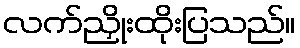
လက်ညှိုးထိုးပြသည်။